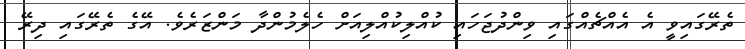
ތެރޭގައިވީ އެ އެއްޗެއްގައި ވިންދުޖަހައި ކުއްލިކުއްލިއަށް ހެލެމުންދާ މަންޒަރެވެ. އޭގެ ތެރޭގައި ދިރޭ